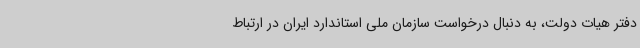
دفتر هیات دولت، به دنبال درخواست سازمان ملی استاندارد ایران در ارتباط